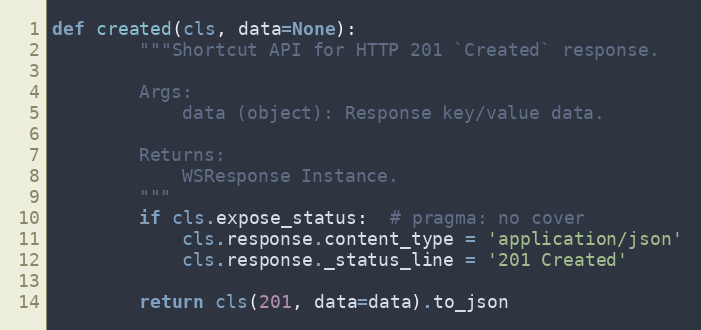
Language: Python
def created(cls, data=None):
        """Shortcut API for HTTP 201 `Created` response.

        Args:
            data (object): Response key/value data.

        Returns:
            WSResponse Instance.
        """
        if cls.expose_status:  # pragma: no cover
            cls.response.content_type = 'application/json'
            cls.response._status_line = '201 Created'

        return cls(201, data=data).to_json